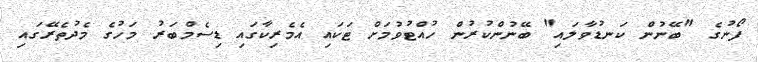
ފޯނުގެ "ބޭނުން ކަނޑުވާލައި" ބޭނުންކުރުން ހުއްޓުވުމަށް ޓަކައި އެމެރިކާގައި ޑިސެމްބަރު މަހުގެ މެދުތެރޭގައި